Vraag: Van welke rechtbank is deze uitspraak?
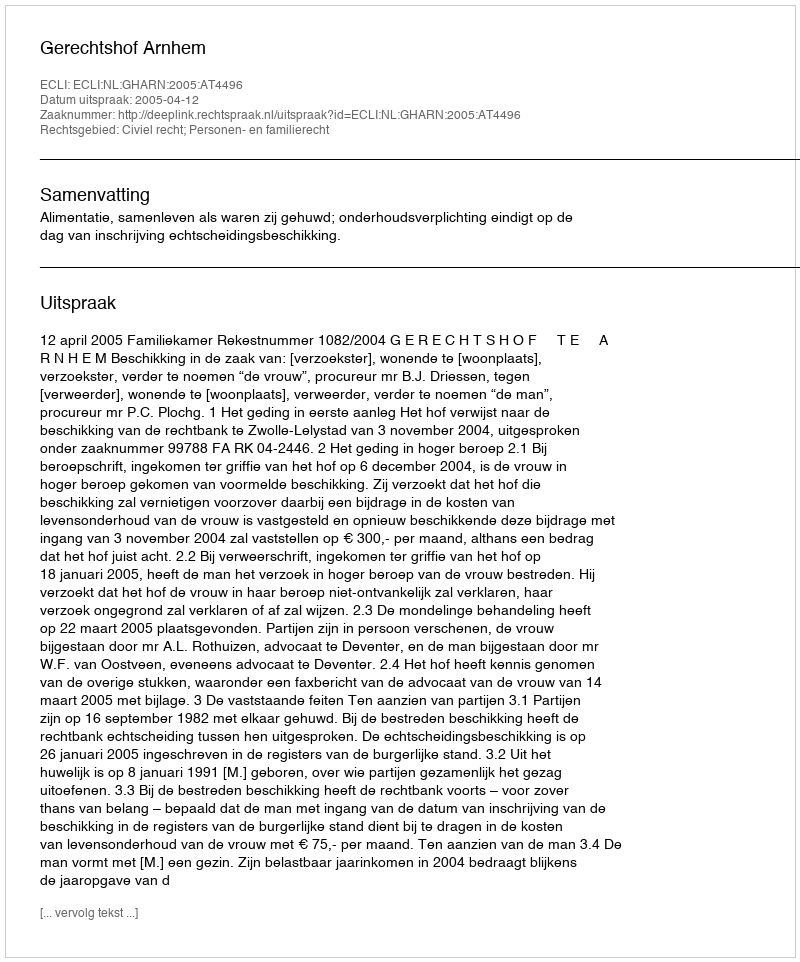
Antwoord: Gerechtshof Arnhem